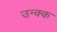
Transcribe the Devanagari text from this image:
उन्क्क